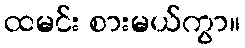
ထမင်း စားမယ်ကွာ။